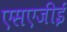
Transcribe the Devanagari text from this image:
एसएजीई